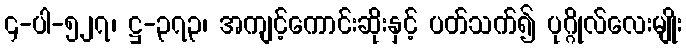
၄-ပါ-၅၂၇၊ ဋ္ဌ-၃၇၃၊ အကျင့်ကောင်းဆိုးနှင့် ပတ်သက်၍ ပုဂ္ဂိုလ်လေးမျိုး